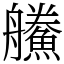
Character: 䲍